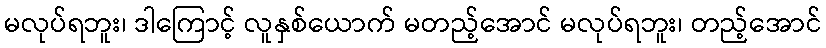
မလုပ်ရဘူး၊ ဒါကြောင့် လူနှစ်ယောက် မတည့်အောင် မလုပ်ရဘူး၊ တည့်အောင်